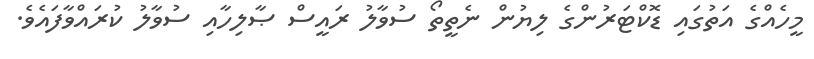
މީހެއްގެ އަތުގައި ޑޮކްޓަރުންގެ ލިޔުން ނެތީތޯ ސުވާލު ރައީސް ޞާލިހާއި ސުވާލު ކުރައްވާފައެވެ.